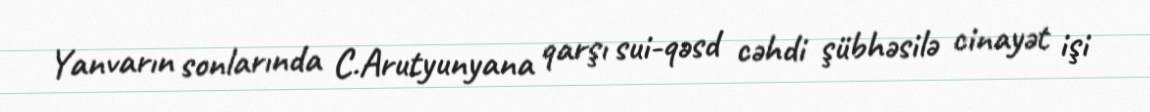
Yanvarın sonlarında C.Arutyunyana qarşı sui-qəsd cəhdi şübhəsilə cinayət işi